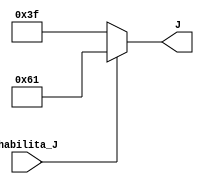
module hexa7seg_J (habilita_J, J);
    input      habilita_J;
    output reg [6:0] J;
    
   /* DISPLAY J - mostra a letra J 
   * input habilita_J deve ser 1'b1 no circuito
   */

   
    /*
     *    ---
     *   | 0 |
     * 5 |   | 1
     *   |   |
     *    ---
     *   | 6 |
     * 4 |   | 2
     *   |   |
     *    ---
     *     3
     */

    always @ (habilita_J) begin
        if(habilita_J) J = 7'b1100001; // J 
        else J = 7'b0111111; // - 
    end
endmodule